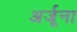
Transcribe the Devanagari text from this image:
अर्जूना